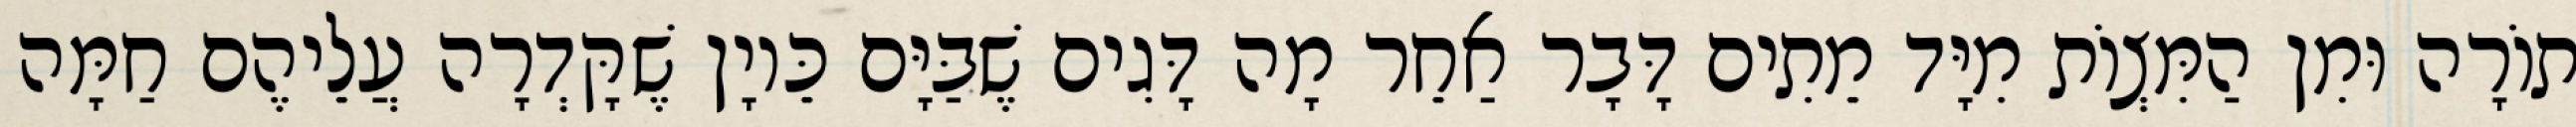
תוֹרָה וּמִן הַמִּצְוֹת מִיָּד מֵתִים דָּבָר אַחֵר מָה דָּגִים שֶׁבַּיָּם כֵּיוָן שֶׁקָּדְרָה עֲלֵיהֶם חַמָּה